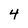
Character: 4